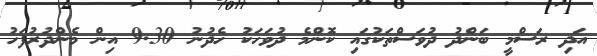
އަދި ރަސްމީ ބަންދު ދުވަސްތަކުގައި ކޮންމެ ދުވަހަކު ހެދުނު 9.30 އިން މެންދުރުފަހު